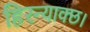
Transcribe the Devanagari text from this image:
हिरन्याक्छ।